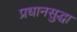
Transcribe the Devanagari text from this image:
प्रधानसुद्धा